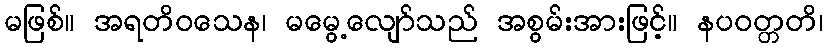
မဖြစ်။ အရတိဝသေန၊ မမွေ့လျော်သည် အစွမ်းအားဖြင့်။ နပဝတ္တတိ၊